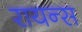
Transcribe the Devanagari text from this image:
रायन्स